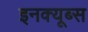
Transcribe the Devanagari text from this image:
इनक्यूब्स